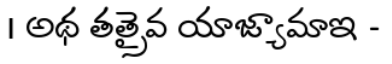
। అథ తత్రైవ యాజ్యామాఇ -